Medical and sanitary report of the native army of Bengal for the year
Year: 1874
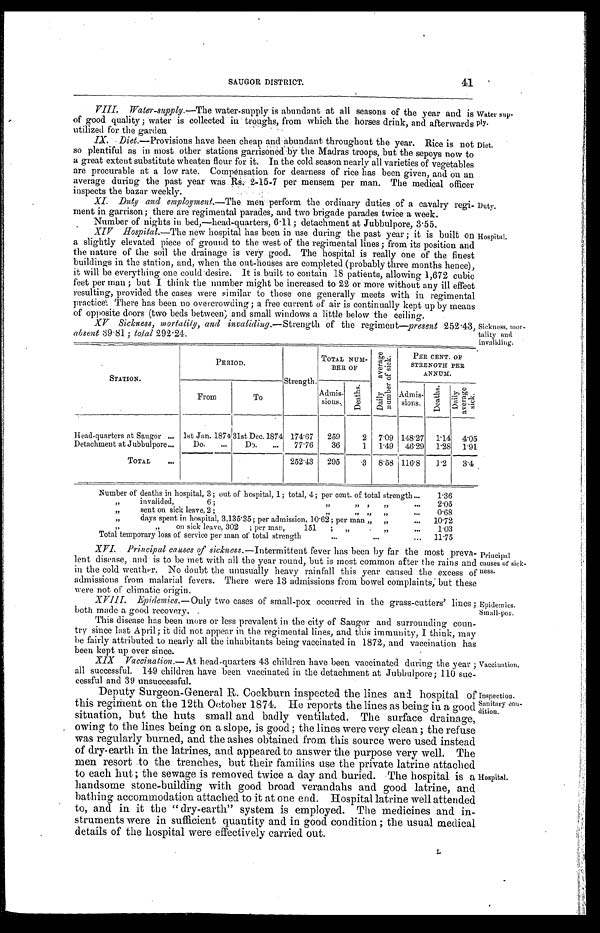
Water sup
-
ply.
Diet.
Duty.
Hospital.
SAUGOR DISTRICT.
41
Water-supply.— The water-supply is abundant at all seasons of the year and is
of good quality ; water is collected in troughs, from which the horses drink, and afterwards
utilized for the garden
IX. Diet.— Provisions have been cheap and abundant throughout the year. Rice is not
so plentiful as in most other stations garrisoned by the Madras troops, but the sepoys now to
a great extent substitute wheaten flour for it. In the cold season nearly all varieties of vegetables
are procurable at a low rate. Compensation for dearness of rice has been given, and on an
average during the past year was Rs. 2-15-7 per mensem per man. The medical officer
inspects the bazar weekly.
XI. Duty and employment.— The men perform the ordinary duties of a cavalry regi
-
ment in garrison; there are regimental parades, and two brigade parades twice a week.
Number of nights in bed.—head-quarters, 6.11 ; detachment at Jubbulpore, 3.55.
XIV Hospital.— The new hospital has been in use during the past year ; it is built on
a slightly elevated piece of ground to the west of the regimental lines; from its position and
the nature of the soil the drainage is very good. The hospital is really one of the finest
buildings in the station, and, when the out-houses are completed (probably three months hence);
it will be everything one could desire. It is built to contain 18 patients, allowing 1,672 cubic
feet per man ; but I think the number might be increased to 22 or more without any ill effect
resulting, provided the cases were similar to those one generally meets with in regimental
practice: There has been no overcrowding; a free current of air is continually kept up by me
a n s
o f o p p o s i t e d o o r s ( t w o b e d s b e t w e e n ) a n d s m a l l w i n d o w a l i t t l e b e l o w t h e c e i l i n g .
XV Sickness, mortality, and invaliding.— Strength of the regiment—present 252.43,
absent 39.81 : total 292.24.
Sickness, mor
-
tality and
invaliding.
STATION.
PERIOD.
Strength.
TOTAL NUM-
BER OF
D a i l y a v e r a g e n u m b e r o f s i c k .
PER CENT. OF
STRENGTH PER
ANNUM.
From
To
Admis-
sions.
D e a t h s .
Admis-
sions.
D e a t h s .
D a i l y a v e r a g e s i c k .
Head-quarters at Saugor . . .
1st Jan. 1874 31st Dec.1874 174.67
259
2
7.09 148.27
1.14
4.05
Detachment at Jubbulpore . . .
Do. . . .
Do . . .
77.76
36
1
1.49
46.29
1.28
1.91
TOTAL . . .
252.43
295
.3
8.58 116.8
1 . 2
3.4
Number of deaths in hospital, 3; out of hospital, 1; total, 4; per cent. of total strength . . .
1.36
" invalided, 6 ;
" " "
2.05
" sent on sick leave. 2; " " " . . .
0.68
" days spent in hospital, 3.135.35; per admission, 10.62; per man " " . . .
10.72
" on sick leave, 302
; per man, 151 ; " " . . .
1.03
Total temporary loss of service per man of total strength . . .
11.75
XVI. Principal causes of sickness.— Intermittent fever has been by far the most preva
-
lent disease, and is to be met with all the year round, but is most common after the rains and
in the cold weather. No doubt the unusually heavy rainfall this year caused the excess of
admissions from malarial fevers. There were 13 admissions from bowel complaints; but these
were not of climatic origin.
VIII. Epidemics.— Only two cases of small-pox occurred in the grass-cutters' lines ;
both made a good recovery.
Principal
causes of sick
-
ness.
Epidemics.
Small-pox.
This disease has been more or less prevalent in the city of Saugor and surrounding coun
-
try since last April; it did not appear in the regimental lines, and this immunity, I think, may
be fairly attributed to nearly all the inhabitants being vaccinated in 1872, and vaccination has
been kept up ever since.
XIX Vaccination.— At head-quarters 43 children have been vaccinated during the year ;
all successful. 149 children have been vaccinated in the detachment at Jubbulpore ; 110 suc
-
cessful and 39 unsuccessful.
Vaccination.
Deputy Surgeon-General R. Cockburn inspected the lines and hospital of
this regiment on the 12th October 1874. He reports the lines as being in a good
situation, but the huts small and badly ventilated. The surface drainage,
owing to the lines being on a slope, is good ; the lines were very clean ; the refuse
was regularly burned, and the ashes obtained from this source were used instead
of dry-earth in the latrines, and appeared to answer the purpose very well. The
men resort to the trenches, but their families use the private latrine attached
to each hut ; the sewage is removed twice a day and buried. The hospital is a
handsome stone-building with good broad verandahs and good latrine, and
bathing accommodation attached to it at one end. Hospital latrine well attended
to, and in it the "dry-earth" system is employed. The medicines and in
-
struments were in sufficient quantity and in good condition ; the usual medical
details of the hospital were effectively carried out.
Inspection.
Sanitary con
-
dition.
Hospital.